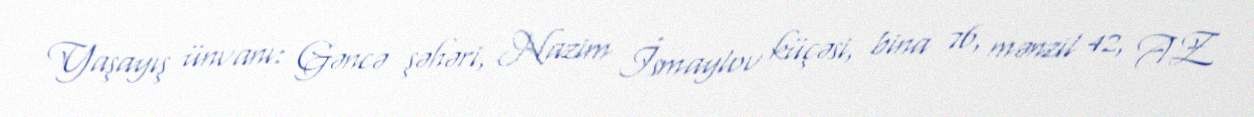
Yaşayış ünvanı: Gəncə şəhəri, Nazim İsmaylov küçəsi, bina 76, mənzil 42, AZ